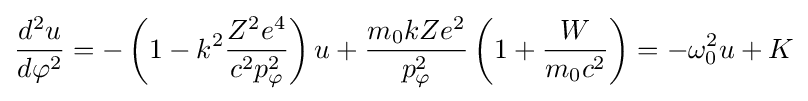
{\frac {d^{2}u}{d\varphi ^{2}}}=-\left(1-k^{2}{\frac {Z^{2}e^{4}}{c^{2}p_{\mathrm {\varphi } }^{2}}}\right)u+{\frac {m_{\mathrm {0} }kZe^{2}}{p_{\mathrm {\varphi } }^{2}}}\left(1+{\frac {W}{m_{\mathrm {0} }c^{2}}}\right)=-\omega _{\mathrm {0} }^{2}u+K